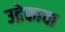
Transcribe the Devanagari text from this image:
उद्रेकाचा